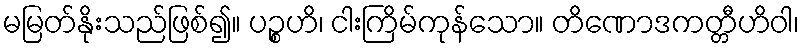
မမြတ်နိုးသည်ဖြစ်၍။ ပဉ္စဟိ၊ ငါးကြိမ်ကုန်သော။ တိဏောဒကတ္တီဟိဝါ၊